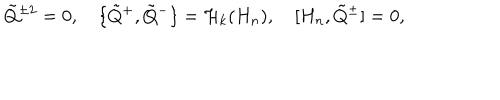
\tilde { Q } { } ^ { \pm 2 } = 0 , \quad \{ \tilde { Q } { } ^ { + } , \tilde { Q } { } ^ { - } \} = { \cal H } _ { k } ( H _ { n } ) , \quad [ H _ { n } , \tilde { Q } { } ^ { \pm } ] = 0 ,